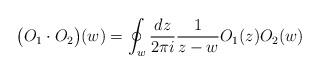
LaTeX: \begin{align*}\big (O_1 \cdot O_2\big ) (w) = \oint_w \frac{dz}{2 \pi i} \frac{1}{z-w} O_1(z) O_2(w)\end{align*}